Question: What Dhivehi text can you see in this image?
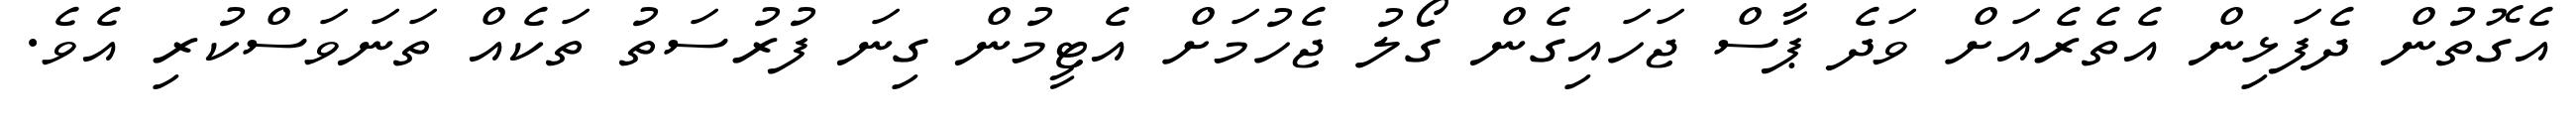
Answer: އެގޮތުން ދެފަޅިން އެތެރެއަށް ވަދެ ޕާސް ޖަހައިގެން ގޯލު ޖެހުމަށް އެޓީމުން ގިނަ ފުރުސަތު ތަކެއް ތަނަވަސްކުރި އެވެ.